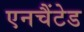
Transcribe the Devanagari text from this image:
एनचैंटेड